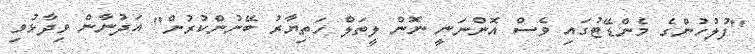
"ފުލުހުންގެ މެންޑޭޓުގައި ވެސް އޮންނަނީ ނޮން ލީތަލް ހަތިޔާރު ބޭނުންކުރުން" އަދުނާން ވިދާޅުވި